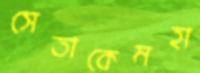
সেতাকেমহা